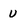
Character: U